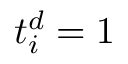
t _ { i } ^ { d } = 1